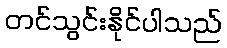
တင်သွင်းနိုင်ပါသည်